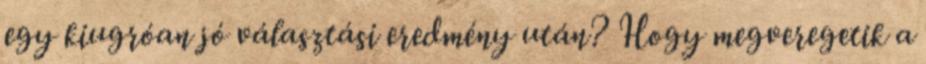
egy kiugróan jó választási eredmény után? Hogy megveregetik a